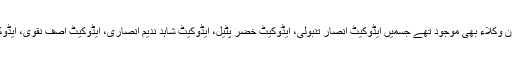
دوران کارروائی آج عدالت میں سینئروکلاء کے ساتھ معاون وکلاء بھی موجود تھے جسمیں ایڈوکیٹ انصار تنبولی، ایڈوکیٹ خضر پٹیل، ایڈوکیٹ شاہد ندیم انصاری، ایڈوکیٹ آصف نقوی، ایڈوکیٹ افضل نواز، ایڈوکیٹ ارشد صدیقی وہ دیگر شامل ہیں ۔